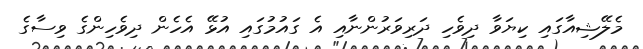
މެލޭޝިއާގައި ކިޔަވާ ދިވެހި ދަރިވަރުންނާއި އެ ގައުމުގައި އުޅޭ އެހެން ދިވެހިންގެ ވިސާގެ